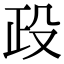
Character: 𣪅